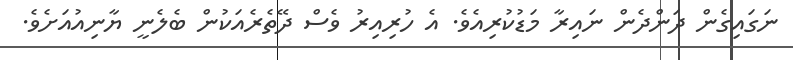
ނަގައިގެން ދަންދެން ނައިރާ މަޑުކުރިއެވެ. އެ ހުރިއިރު ވެސް ދޭތެރެއަކުން ބެލެނީ ޔާނިއުއަށެވެ.